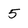
Character: 5